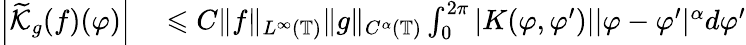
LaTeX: \begin{array}{rl}{\left|\widetilde{\mathcal{K}}_{g}(f)(\varphi)\right|}&{{}\leqslant C\| f\| _{L^{\infty}(\mathbb{T})}\| g\| _{C^{\alpha}(\mathbb{T})}\int_{0}^{2\pi}|K(\varphi,\varphi^{\prime})||\varphi-\varphi^{\prime}|^{\alpha}d\varphi^{\prime}}\end{array}